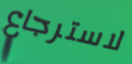
لاسترجاع